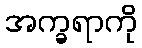
အက္ခရာကို